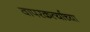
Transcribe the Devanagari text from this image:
वापरकर्त्याच्या